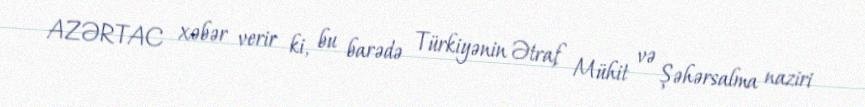
AZƏRTAC xəbər verir ki, bu barədə Türkiyənin Ətraf Mühit və Şəhərsalma naziri